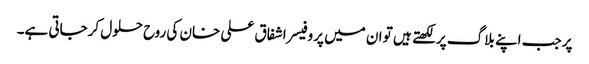
پر جب اپنے بلاگ پر لکھتے ہیں تو ان میں پروفیسر اشفاق علی خان کی روح حلول کرجاتی ہے۔